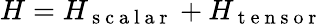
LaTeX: H=H_{\mathrm{~s~c~a~l~a~r~}}+H_{\mathrm{~t~e~n~s~o~r~}}